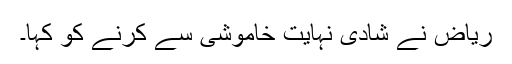
ریاض نے شادی نہایت خاموشی سے کرنے کو کہا۔